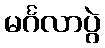
မင်္ဂလာပွဲ